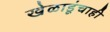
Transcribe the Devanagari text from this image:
खेळाडूंचाही